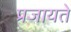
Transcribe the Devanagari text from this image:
प्रजायते